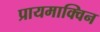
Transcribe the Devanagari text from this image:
प्रायमाक्विन